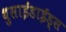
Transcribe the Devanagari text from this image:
थुसाईडाईड्स